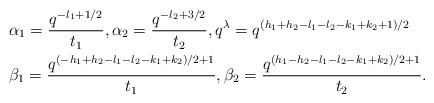
\begin{align*}& \alpha_1 = \frac{q^{- l_1 + 1/2}}{t_1}, \alpha_2 = \frac{q^{-l_2 +3/2}}{t_2},q^{\lambda}=q^{(h_1+h_2-l_1-l_2-k_1 +k_2 +1)/2}\\& \beta_1 = \frac{q^{ (-h_1+h_2-l_1-l_2-k_1 +k_2)/2 +1}}{ t_1}, \beta_2 = \frac{q^{(h_1- h_2-l_1-l_2-k_1 +k_2)/2 +1}}{ t_2}.\end{align*}